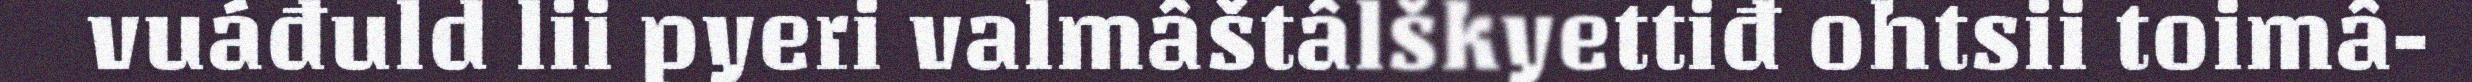
vuáđuld lii pyeri valmâštâlškyettiđ ohtsii toimâ-